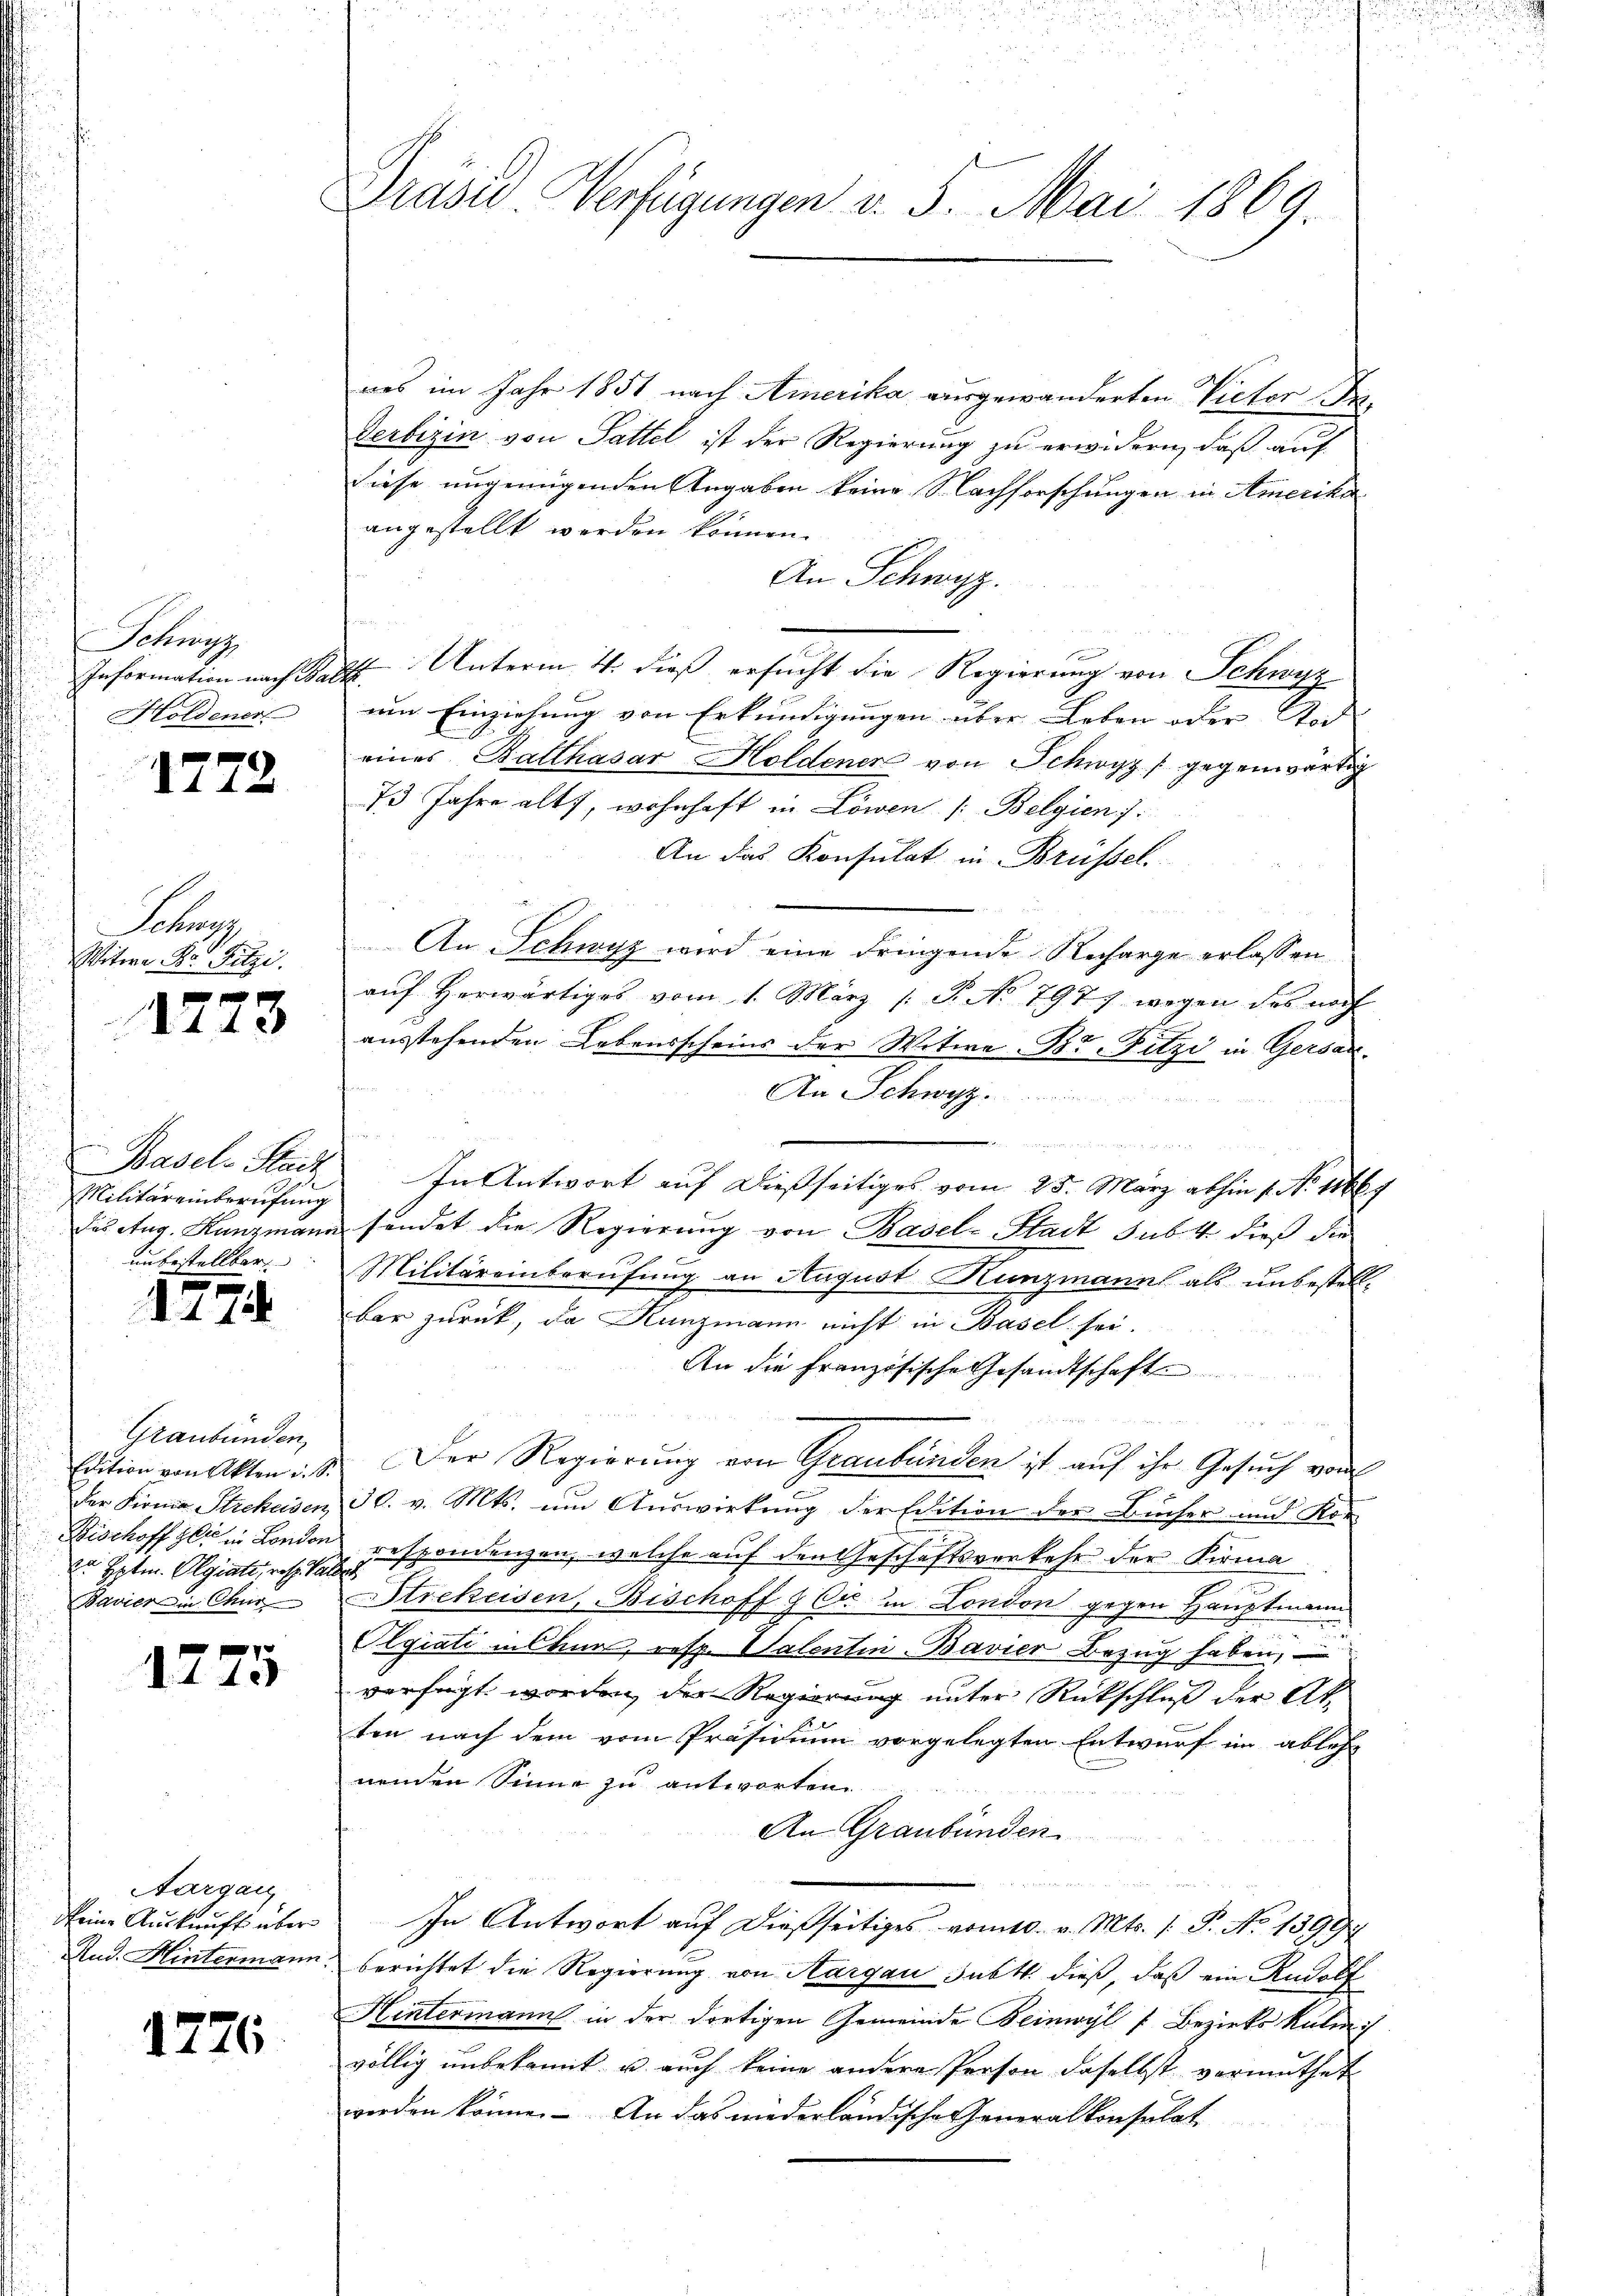
Schnung
Information nach Bar
Holdener

1772

Sahung
Witwe Dr. Fitzi.

1723

Basel-Stadt
Militäreinberufung
des Aug. Kunzmann
unbestellbar

3
1 188

Graubünden,
Edition von Akten u. S.
der Firma Scheiden
Bischoff zu in London
2 Hptm. Olgiati, resp. Ver
Bavier in Chur

1775

Aargau
Meine Auskunft über
Rud. Hintermann.

1726

Drase Verfügungen v. 5. Mai 1869.

nes im Jahr 1851 nach Amerika ausgewanderten Victor J
Verbizin von Sattel ist der Regierung zu erwidern, daß auf
diese ungenügenden Angaben keine Nachforschungen in Amerika
angestellt werden können.
An Schwyz.

Ite Unterm 4. dieß ersucht die Regierung von Schwyz
um Einziehung von Erkundigungen über Leben oder Tod
eines Balthasar Holdener von Schwyz gegenwärtig
73 Jahre alt, wohnhaft in Löwen /: Belgien f.
An das Konsulat in Brüssel
An Schwyz wird eine dringende Recharge erlassen
auf Herwärtiges vom 1. März /: P. No 7977 wegen das noch
ausstehenden Lebensscheins der Witwe Bt Fitzi in Gersan¬
An Schwyz.
.
In Antwort auf dießseitiges vom 25. März abhin 1. No 11669
fundet die Regierung von Basel-Stadt sub. 4 dieß die
Militäreinberufung an August Kunzmann als unbestellbar zurück, da Kunzmann nicht in Basel sei.
An die Französische Gesandtschaft
Der Regierung von Graubünden ist auf ihr Gesuch von
e
30. v. Mts. um Auswirkung der Edition der Bücher und Kor
respondenzen, welche auf den Geschäftsverkehr der Kirma
ich
Strekeisen, Bischoff & Cie in London gegen Hauptmann
Olgiali in Cana, resp. Valentin-Bavier Bezug haben,
verfügt worden, der Regierung unter Rückschluß der Atten nach dem vom Präsidium vorgelegten Entwurf im ables
nenden Sinne zu antworten
An Graubünden
  an den in der nichten eine
In Antwort auf dießseitiges vom 10. v. Mts. (T. No 1399.
berichtet die Regierung von Aargau subt dieß, daß ein Rudolf
Hintermann in der dortigen Gemeinde Beinwyl f Bezirks Kulm
völlig unbekannt u. auch keine andere Person daselbst vermuthet
worden könne. An das wederländische Generalkonsulat